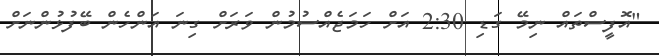
"އޮފީސްތައް ނިމޭ ގަޑި 2:30 އަށް ހަމަޖެއްސުމުން ވަރަށް ގިނަ އަންހެން ބޭފުޅުންނަށް